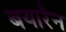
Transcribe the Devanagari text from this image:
बयारैन